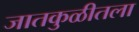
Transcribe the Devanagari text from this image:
जातकुळीतला